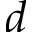
d